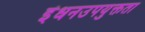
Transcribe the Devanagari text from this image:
इंधनउपयुक्तता